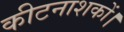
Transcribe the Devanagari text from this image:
कीटनाशकों।